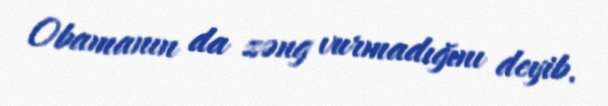
Obamanın da zəng vurmadığını deyib.